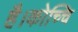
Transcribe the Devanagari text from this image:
है।कोच्चि